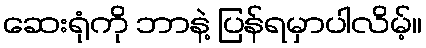
ဆေးရုံကို ဘာနဲ့ ပြန်ရမှာပါလိမ့်။